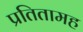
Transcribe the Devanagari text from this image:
प्रतितामह